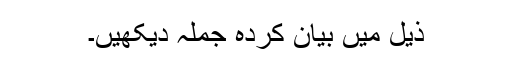
ذیل میں بیان کردہ جملہ دیکھیں۔